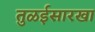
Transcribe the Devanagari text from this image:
तुळईसारखा